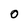
Character: O